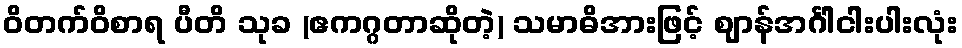
ဝိတက်ဝိစာရ ပီတိ သုခ (ဧကဂ္ဂတာဆိုတဲ့) သမာဓိအားဖြင့် ဈာန်အင်္ဂါငါးပါးလုံး